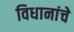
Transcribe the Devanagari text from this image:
विधानांचे